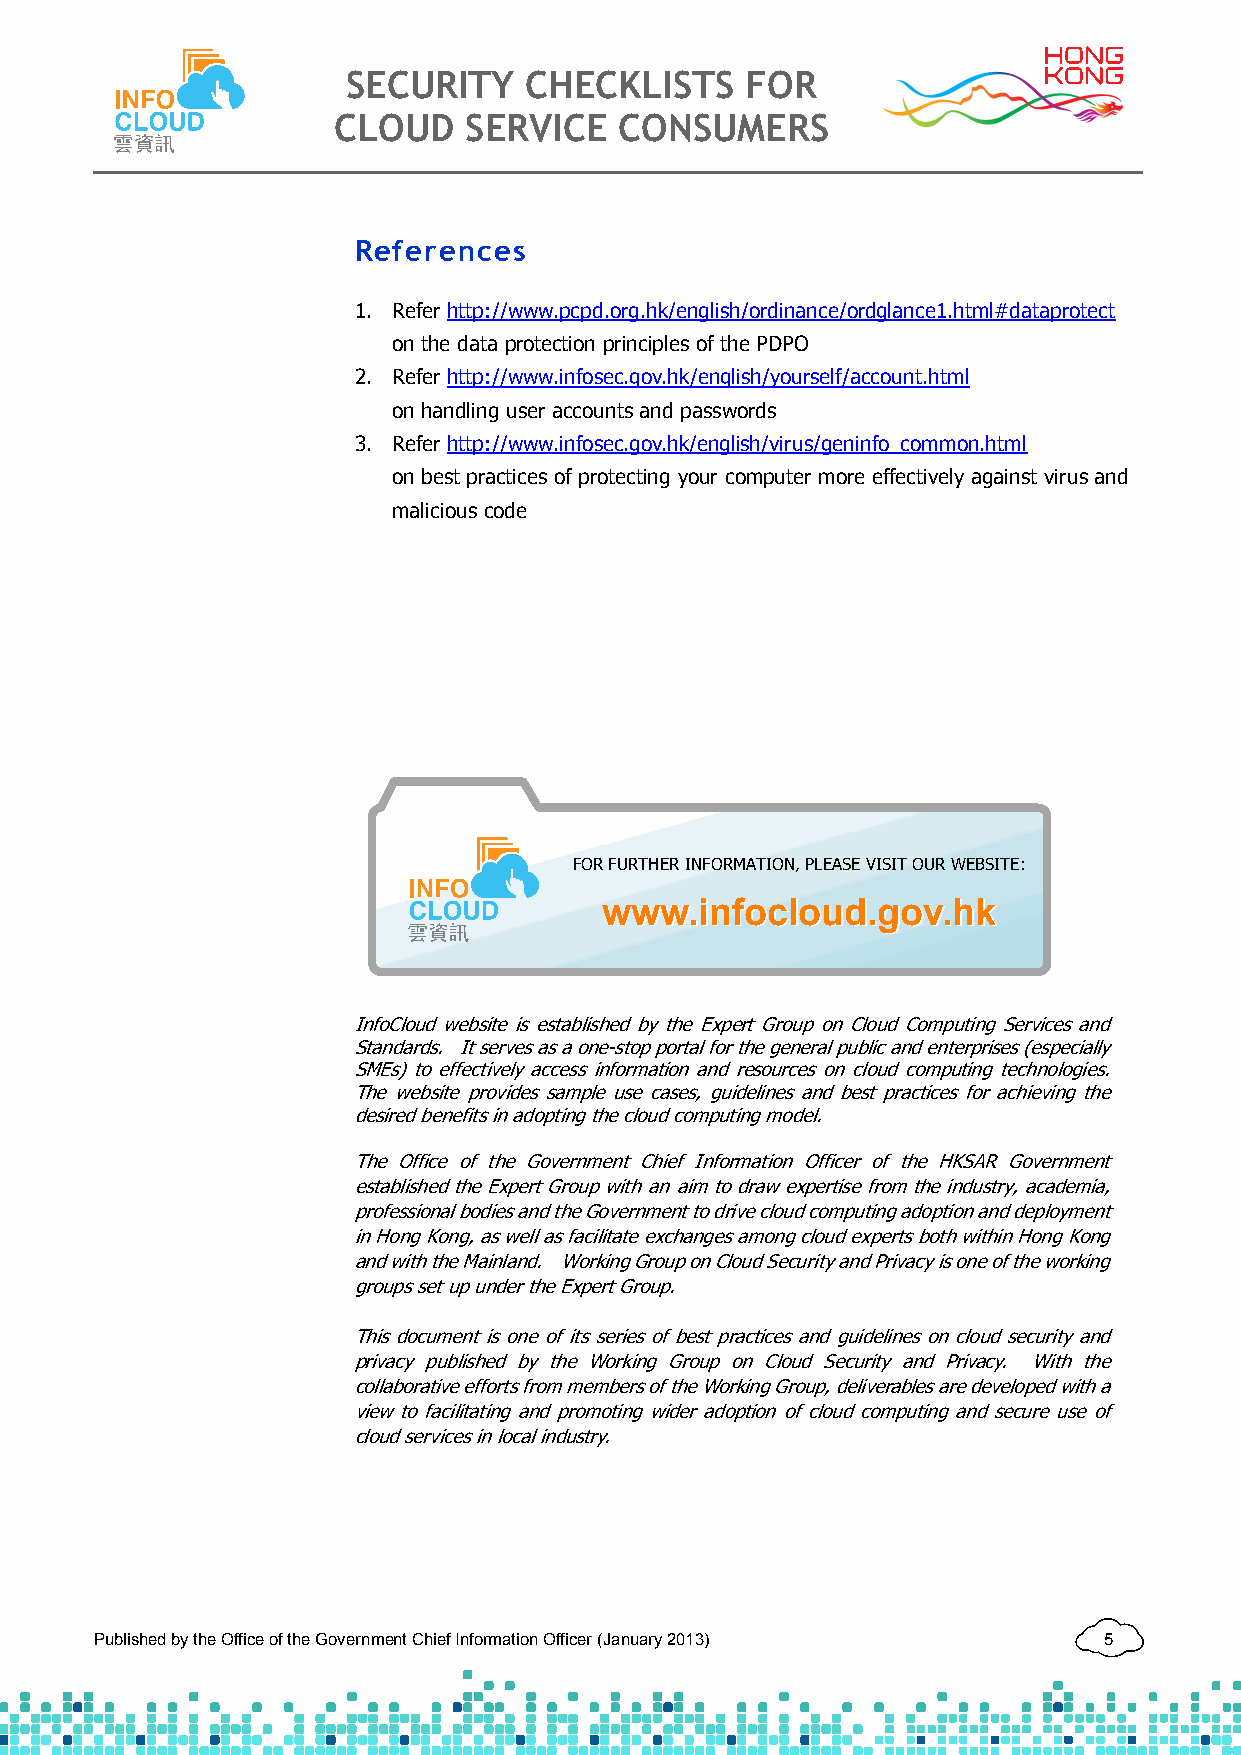
SECURITY    CHECKLISTS    FOR
 CLOUD    SERVICE   CONSUMERS
 References
 1. Refer http://www.pcpd.org.hk/english/ordinance/ordglance1.html#dataprotect
 on the data protection principles of the PDPO
 2. Refer http://www.infosec.gov.hk/english/yourself/account.html
 on handling user accounts and passwords
 3. Refer http://www.infosec.gov.hk/english/virus/geninfo_common.html
 on best practices of protecting your computer more effectively against virus and
 malicious code
 FOR FURTHER INFORMATION, PLEASE VISIT OUR WEBSITE:
 wwwwww..iinnffoocclloouudd..ggoovv..hhkk
 InfoCloud website is established by the Expert Group on Cloud Computing Services and
 Standards. It serves as a one-stop portal for the general public and enterprises (especially
 SMEs) to effectively access information and resources on cloud computing technologies.
 The website provides sample use cases, guidelines and best practices for achieving the
 desired benefits in adopting the cloud computing model.
 The Office of the Government Chief Information Officer of the HKSAR Government
 established the Expert Group with an aim to draw expertise from the industry, academia,
 professional bodies and the Government to drive cloud computing adoption and deployment
 in Hong Kong, as well as facilitate exchanges among cloud experts both within Hong Kong
 and with the Mainland. Working Group on Cloud Security and Privacy is one of the working
 groups set up under the Expert Group.
 This document is one of its series of best practices and guidelines on cloud security and
 privacy published by the Working Group on Cloud Security and Privacy. With the
 collaborative efforts from members of the Working Group, deliverables are developed with a
 view to facilitating and promoting wider adoption of cloud computing and secure use of
 cloud services in local industry.
 Published by the Office of the Government Chief Information Officer (January 2013) 5